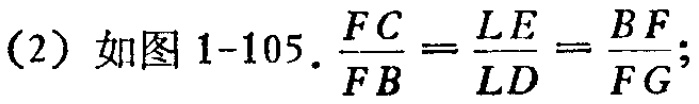
(2) 如图 1-105. $\frac{FC}{FB}=\frac{LE}{LD}=\frac{BF}{FG}$;